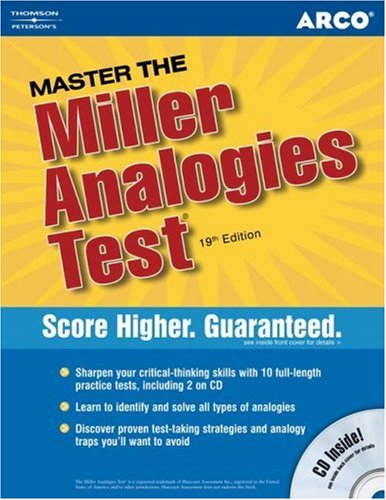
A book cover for Master the Miller Analogies Test 2006 (Arco Master the Miller Analogies Test); Arco; Test Preparation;